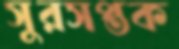
সুরসপ্তক